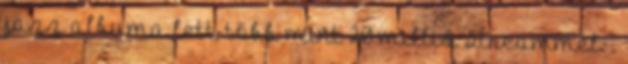
jazz albuma lett, több mint 20 millió streammel. .